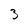
Character: 3